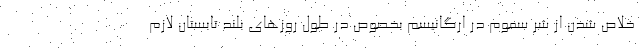
خلاص شدن از شر سموم در ارگانیسم بخصوص در طول روزهای بلند تابستان لازم